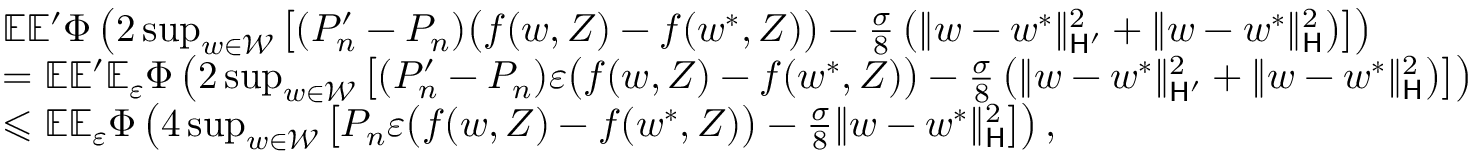
\begin{array} { r l } & { \mathbb E \mathbb E ^ { \prime } \Phi \left( 2 \operatorname* { s u p } _ { w \in \mathcal W } \left[ ( P _ { n } ^ { \prime } - P _ { n } ) \big ( f ( w , Z ) - f ( w ^ { * } , Z ) \big ) - \frac { \sigma } 8 \left( \| w - w ^ { * } \| _ { \mathsf H ^ { \prime } } ^ { 2 } + \| w - w ^ { * } \| _ { \mathsf H } ^ { 2 } \right) \right] \right) } \\ & { = \mathbb E \mathbb E ^ { \prime } \mathbb E _ { \varepsilon } \Phi \left( 2 \operatorname* { s u p } _ { w \in \mathcal W } \left[ ( P _ { n } ^ { \prime } - P _ { n } ) \varepsilon \big ( f ( w , Z ) - f ( w ^ { * } , Z ) \big ) - \frac { \sigma } 8 \left( \| w - w ^ { * } \| _ { \mathsf H ^ { \prime } } ^ { 2 } + \| w - w ^ { * } \| _ { \mathsf H } ^ { 2 } \right) \right] \right) } \\ & { \leqslant \mathbb E \mathbb E _ { \varepsilon } \Phi \left( 4 \operatorname* { s u p } _ { w \in \mathcal W } \left[ P _ { n } \varepsilon \big ( f ( w , Z ) - f ( w ^ { * } , Z ) \big ) - \frac { \sigma } 8 \| w - w ^ { * } \| _ { \mathsf H } ^ { 2 } \right] \right) , } \end{array}